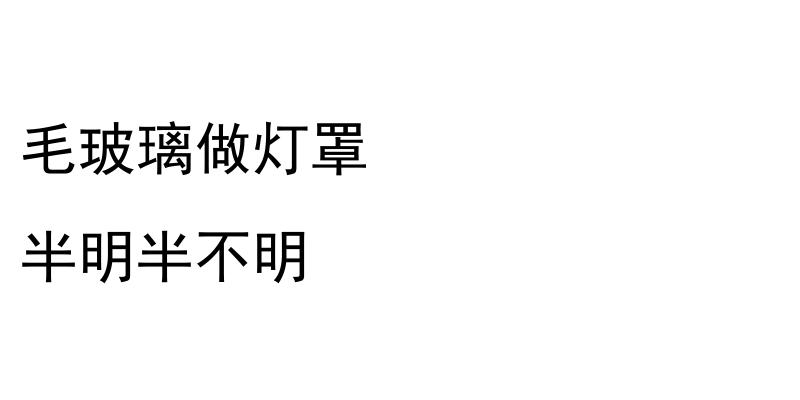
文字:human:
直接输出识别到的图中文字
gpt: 毛玻璃做灯罩 半明半不明